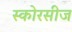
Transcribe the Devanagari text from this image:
स्कोरसीज